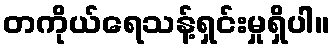
တကိုယ်ရေသန့်ရှင်းမှုရှိပါ။